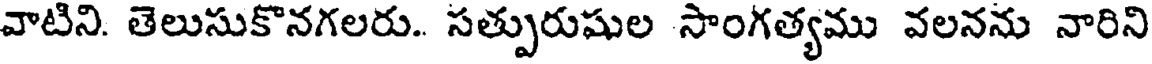
వాటిని. తెలుసుకొనగలరు.. సత్పురుషుల సాంగత్యము వలనను నారిని